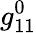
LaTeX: g_{11}^{0}